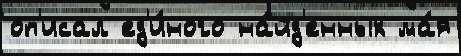
оп'исал ед'и́ного на́йд'енных ма́я